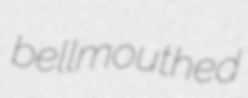
bellmouthed